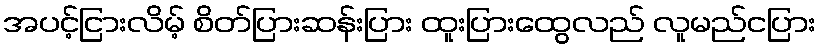
အပင့်ငြားလိမ့် စိတ်ပြားဆန်းပြား ထူးပြားထွေလည် လူမည်ငပြား